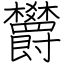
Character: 欝